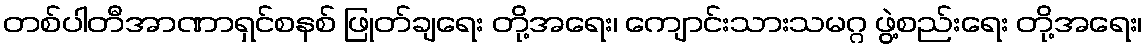
တစ်ပါတီအာဏာရှင်စနစ် ဖြုတ်ချရေး တို့အရေး၊ ကျောင်းသားသမဂ္ဂ ဖွဲ့စည်းရေး တို့အရေး၊